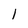
Character: l